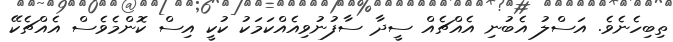
ތިބިހެނެވެ. އަސްލު އެބުނި އެއްޗެއް ސީދާ ސާފުނުވިއެއްކަމަކު ކުކީ އިސް ކޮންމެވެސް އެއްޗެކޭ